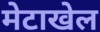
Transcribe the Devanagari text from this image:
मेटाखेल